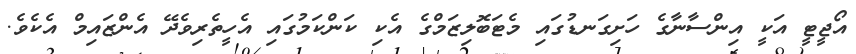
އޯޖީޓީ އަކީ އިންސާނާގެ ހަށިގަނޑުގައި މެޓަބޮލިޒަމްގެ އެކި ކަންކަމުގައި އެހީތެރިވެދޭ އެންޒައިމް އެކެވެ.